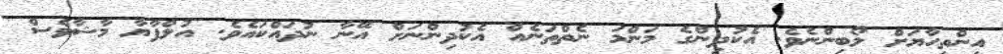
އިންތިހާޔަށް ލޯބިންނެވެ. އެކުދިންގެ މަންމަ ނެތްތަނެއް އެކުދިންނަށް އޭނާ ނުދައްކައެވެ. އުލްފާޔާ މާޝާވެސް